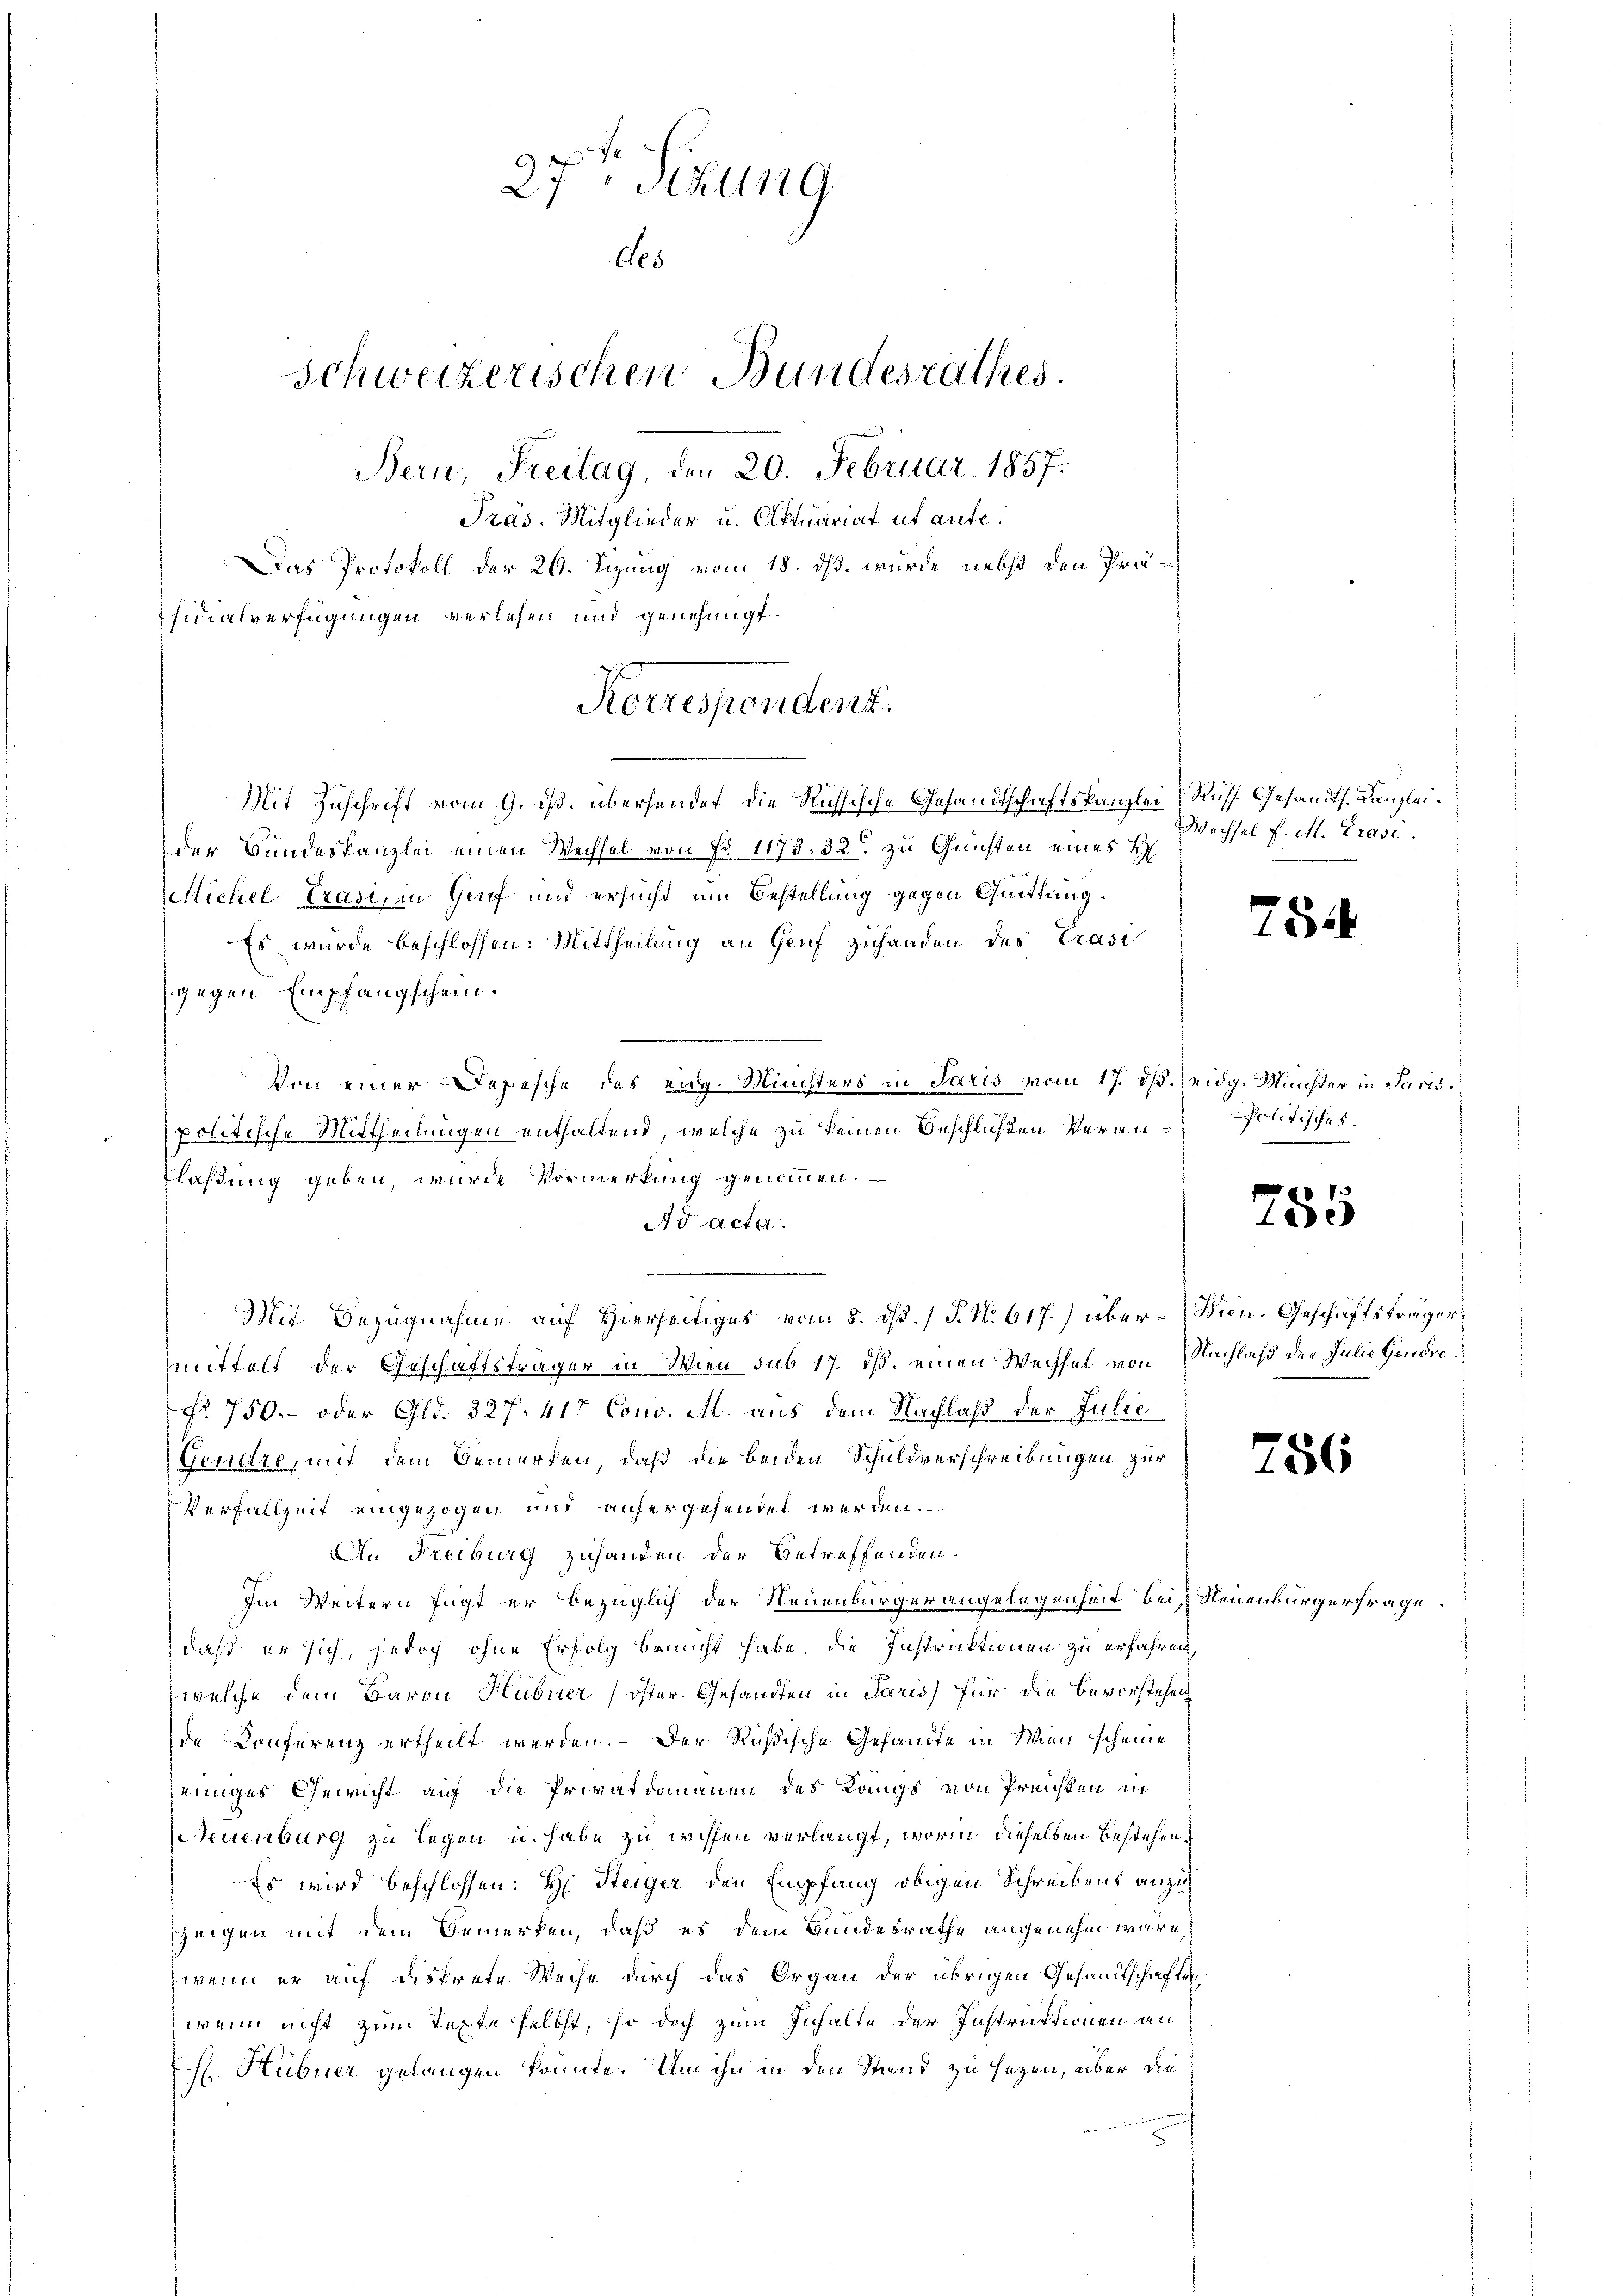
27. Sekung
des
Schweizerischen Bundesrathes.
Bern, Freitag, den 20. Februar 1857.
Präs. Mitglieder u. Aktuariat et aufe¬
Das Protokoll der 26. Sizung vom 18. ds. wurde nebst den Präficialverfügungen verlesen und genehmigt.

Korrespendenz.

Mit Zuschrift vom 9. ds. übersendet die Richsische Gesandtschaftskanzlei Russ. Gesandts. Kanzleider Bundeskanzlei einen Wechsel von Fr. 1173. 32. zu Gunsten eines H.
Michel, Präsi, in Genf und ersucht um Bestellung gegen Quittung¬
Es wurde beschlossen: Mittheilung an Genf zuhanden des Präsi
gegen Empfangschein.
Von einer Depesche des eng. Ministers in Paris vom 17. ds. Zeidg. Münster in Paris
politische Mittheilungen enthaltend, welche zu keinen Beschlißen Veran¬
Flaßung geben, wurde Vormerkung genommen.
Ad acta.
Mit Bezugnahme auf Hierseitiges vom 8. ds. / P. N. 617.) über-Bren. Geschäftsträger,
mmittelt der Geschäftsträger in Wien sub 17. ds. einen Wechsel von Nachlaß der Julie Gendre
No 750.- oder Gld. 327. 417 Conv. M. aus dem Nachlaß der Julie
Gendre, mit dem Bemerken, daß die beiden Schuldverschreibungen zur
Verfallzeit eingezogen und anfergesendet werden.
An Freiburg zuhanden der Betreffenden.
Im Weitern fügt er bezüglich der Neuenburgerangelegenheit bei, Neuenburger frage
daß er sich, jedoch ohne Erfolg bemüht habe, die Instruktionen zu erfahren,
welche dem Baron Hübner öster Gesandten in Paris für die Bevorstehen
de Konferenz ertheilt werden. - Der Rußische Gefandte in Wien scheine
jeiniges Gewicht auf die Privatdouanen des Langs von Preisen in
Neuenburg zu legen u. habe zu wissen verlangt, worinn dieselben bestehen,
Es wird beschlossen: H. Steiger den Empfang obigen Schreibens anzuzeigen mit dem Bemerken, daß es dem Bundesrathe angenehm wäre
wenn er auf diskrete Weise durch das Organ der übrigen Gesandtschaften
wenn nicht zum Texte selbst, so doch zum Inhalte der Instruktionen an
Hübner gelangen könnte. Um ihn in den Stand zu sezen, über die

Wechsel f. M. Grasi

754

Politisches.

755

756